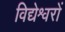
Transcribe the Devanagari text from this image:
विद्येश्वरों